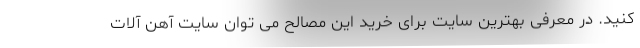
کنید. در معرفی بهترین سایت برای خرید این مصالح می توان سایت آهن آلات